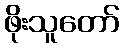
ဖိုးသူတော်